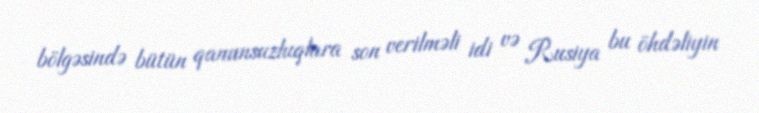
bölgəsində bütün qanunsuzluqlara son verilməli idi və Rusiya bu öhdəliyin